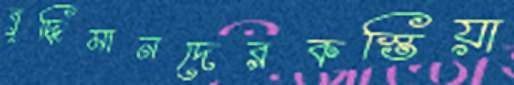
বুদ্ধিমানদেরকস্তিয়া